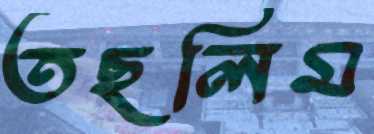
তছলিম